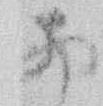
西